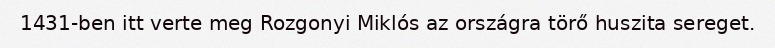
1431-ben itt verte meg Rozgonyi Miklós az országra törő huszita sereget.